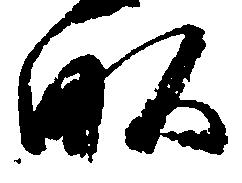
畝